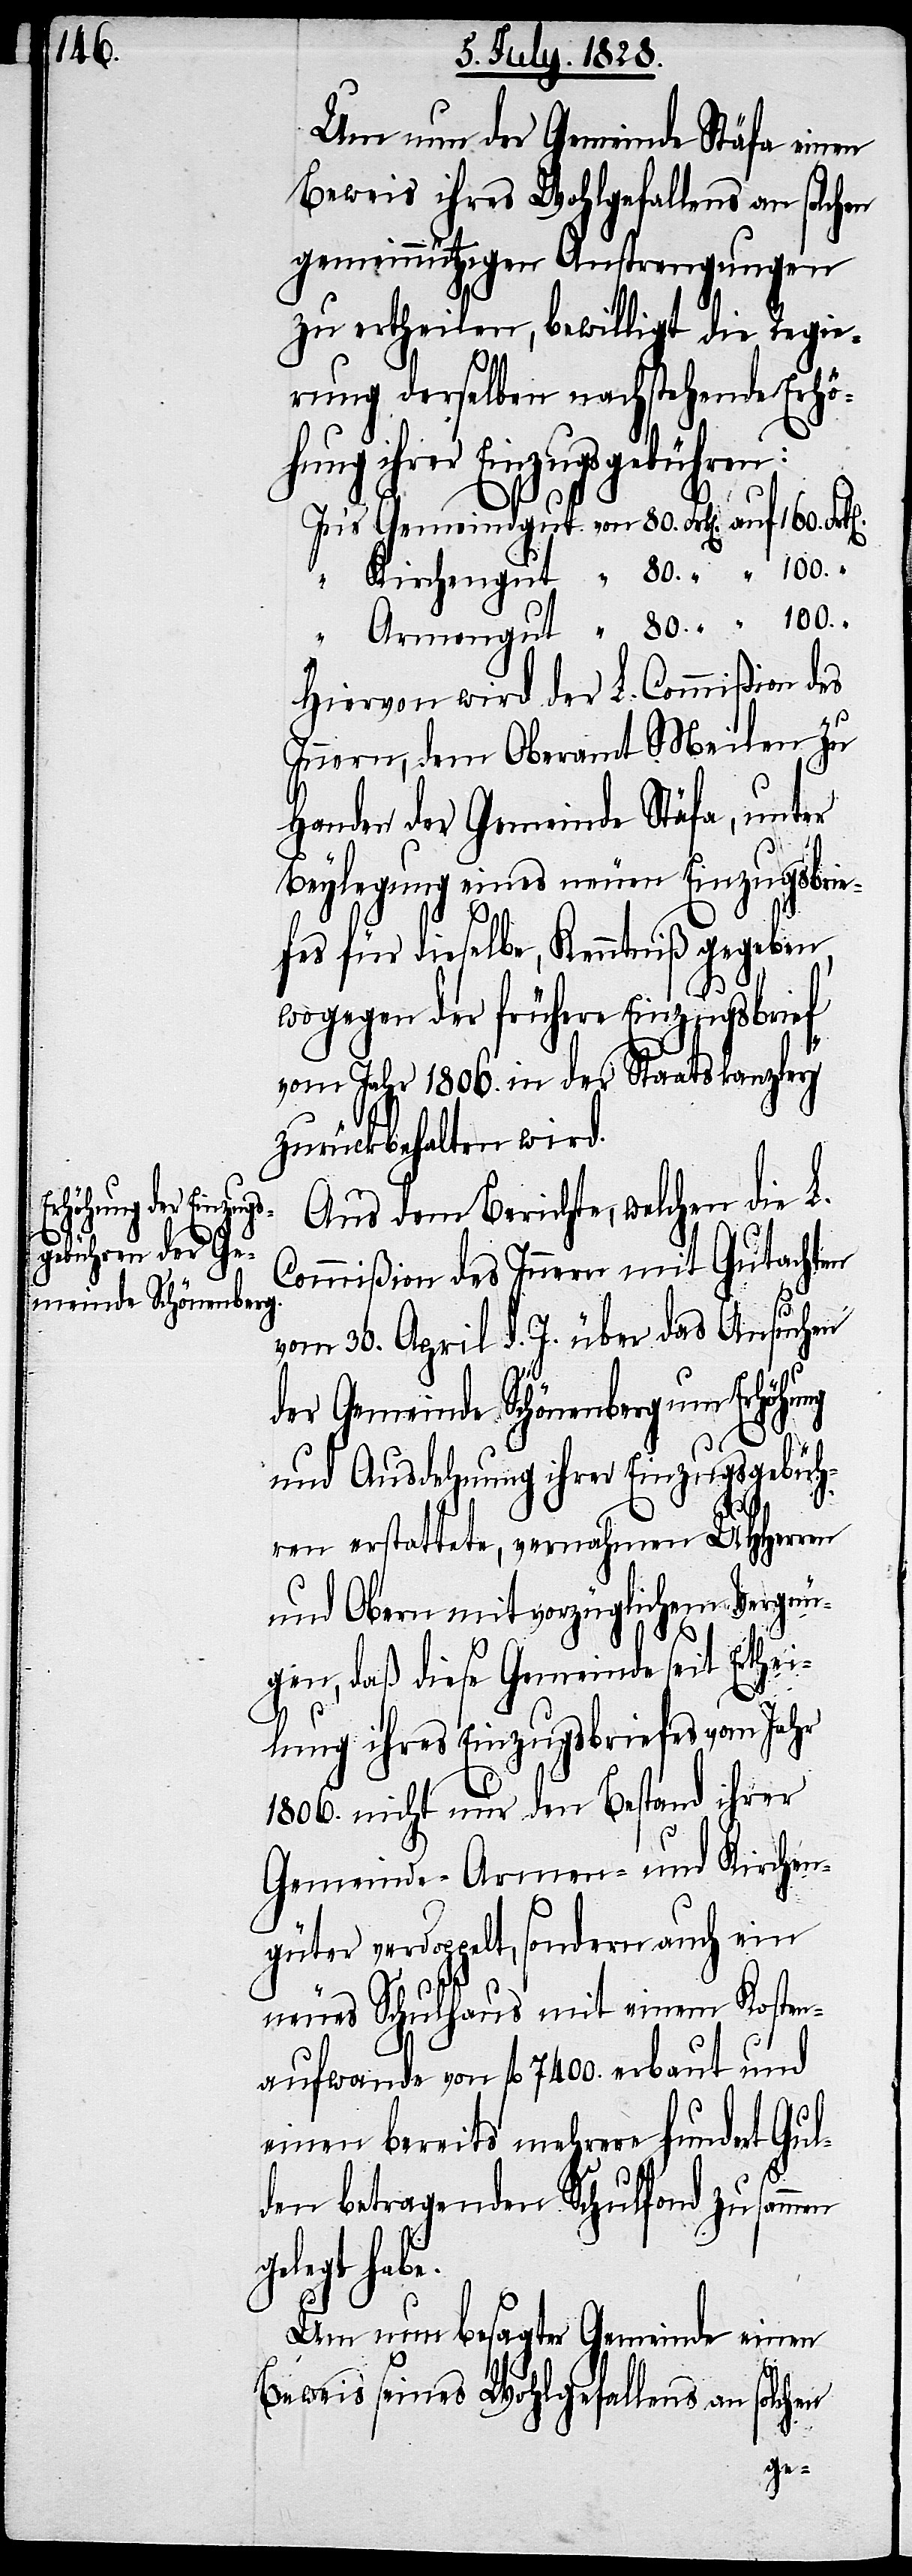
Um nun der Gemeinde Stäfa einen
Beweis ihres Wohlgefallens an solchen
gemeinnützigen Anstrengungen
zu ertheilen, bewilligt die Regie¬
rung derselben nachstehende Erhö¬
hung ihrer Einzugsgebühren:
Hiervon wird der L. Commißion des
Innern, dem Oberamt Meilen zu
Handen der Gemeinde Stäfa, unter
Belegung eines neuen Einzugsbrie¬
fes für dieselbe, Kenntniß gegeben,
wogegen der frühere Einzugsbrief
vom Jahr 1806. in der Staatskanzley
zurückbehalten wird.
Aus dem Berichte, welchen die L.
Commißion des Innern mit Gutachten
vom 30. April d. J. über das Ansuchen
so¬
der Gemeinde Schönenberg um Erhöhung
und Ausdehnung ihrer Einzugsgebüh¬
ren erstattete, vernahmen UHHerren
und Obern mit vorzüglichem Vergnü¬
gen, daß diese Gemeinde seit Erthei¬
lung ihres Einzugsbriefes vom Jahr
1806. nicht nur den Bestand ihrer
Gemeinde- Armen- und Kirchen¬
güter verdoppelt, sondern auch ein
neues Schulhaus mit einem Kosten¬
aufwande von fl. 7400. erbaut und
einen bereits mehrere hundert Gul¬
den betragenden Schulfond zusammen
legt habe.
Um nun besagter Gemeinde einen
Beweis seines Wohlgefallens an
lchen
ge¬